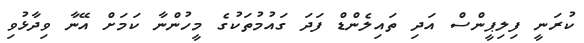
ކުރަނީ ފިލިޕީންސް އަދި ތައިލެންޑް ފަދަ ގައުމުތަކުގެ މީހުންނާ ކަމަށް އޭނާ ވިދާޅުވި